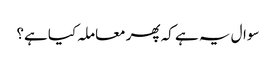
سوال یہ ہے کہ پھر معاملہ کیا ہے؟